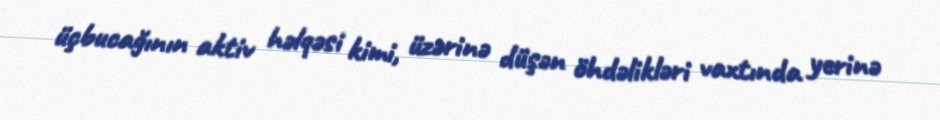
üçbucağının aktiv həlqəsi kimi, üzərinə düşən öhdəlikləri vaxtında yerinə